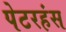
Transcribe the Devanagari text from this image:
पेटरहंस